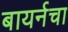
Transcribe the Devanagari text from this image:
बायर्नचा